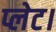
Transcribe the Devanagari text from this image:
प्लेट।